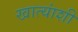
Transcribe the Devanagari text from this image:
खात्यांशी